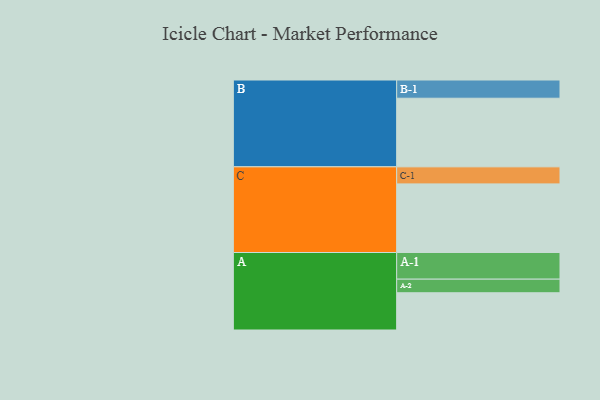
{"axis": {"x": "Segment", "y": "Value"}, "legend": ["", "A", "B", "C"], "data": [{"x": "A", "y": 323, "type": ""}, {"x": "B", "y": 595, "type": ""}, {"x": "C", "y": 595, "type": ""}, {"x": "A-1", "y": 231, "type": "A"}, {"x": "A-2", "y": 118, "type": "A"}, {"x": "B-1", "y": 158, "type": "B"}, {"x": "C-1", "y": 148, "type": "C"}]}